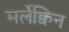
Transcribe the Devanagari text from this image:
मर्लेक्विन